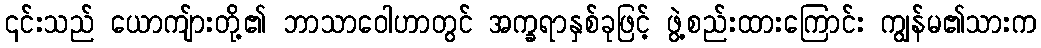
၎င်းသည် ယောကျ်ားတို့၏ ဘာသာဝေါဟာတွင် အက္ခရာနှစ်ခုဖြင့် ဖွဲ့စည်းထားကြောင်း ကျွန်မ၏သားက